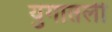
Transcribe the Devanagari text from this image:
युगातली